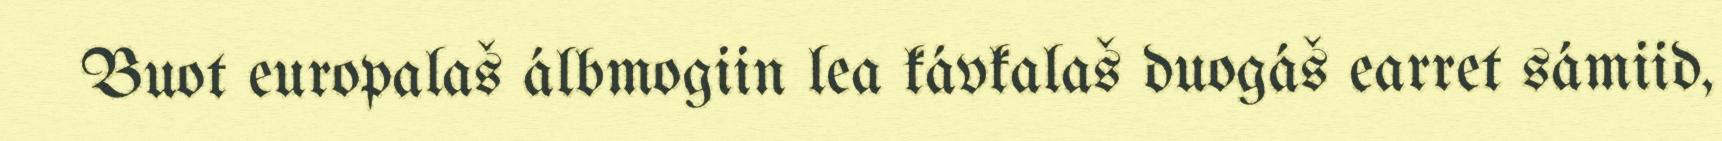
Buot europalaš álbmogiin lea kávkalaš duogáš earret sámiid,